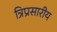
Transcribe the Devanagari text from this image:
त्रिप्रसारीय